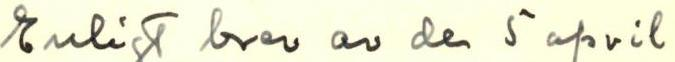
Enligt brev av den 5 april